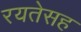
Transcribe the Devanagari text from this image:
रयतेसह